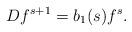
LaTeX: \begin{align*}D f^{s+1} &= b_1(s) f^s.\end{align*}